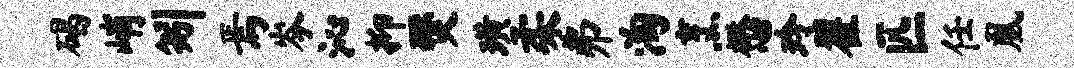
碣峭矧焉岑沁抑燹璜柔弗淘烹懋玲翟匹任凰